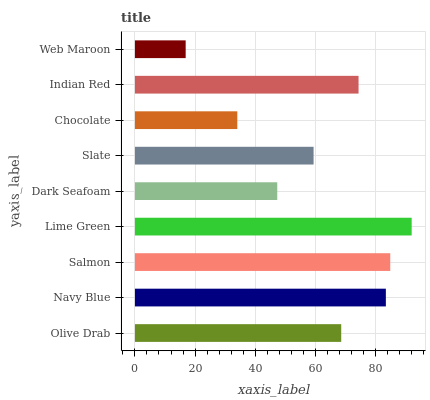
| yaxis_label | bars |
 | --- | --- |
 | Olive Drab | 68.6 |
 | Navy Blue | 83.5 |
 | Salmon | 84.9 |
 | Lime Green | 92.1 |
 | Dark Seafoam | 47.3 |
 | Slate | 59.4 |
 | Chocolate | 34.1 |
 | Indian Red | 74.4 |
 | Web Maroon | 16.9 |